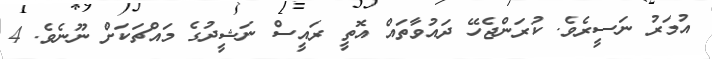
އުމަރު ނަސީރެވެ. ކުރަންޖެހޭ ދައުވާތައް އޮތީ ރައީސް ނަޝީދުގެ މައްޗަކަށް ނޫނެވެ. 4